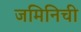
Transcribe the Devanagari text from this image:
जमिनिची